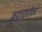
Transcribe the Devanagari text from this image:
कृपाचार्यांकडे